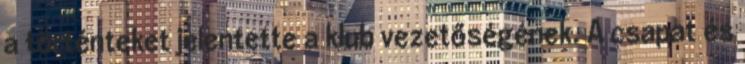
a történteket jelentette a klub vezetőségének. A csapat és